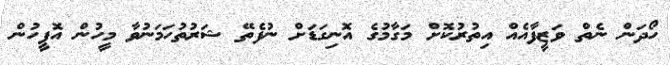
ހޯދަން ނެތް ވަޒީފާއެއް އިތުރުކޮށް މަގާމުގެ އޮނިގަޑަށް ނުފެތޭ ޝަރުތުހަމަނުވާ މީހުން އޮފީހުން